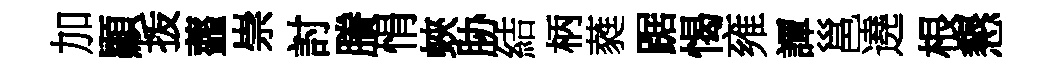
加顯㧞虀崇討賸悁蛺胁結柄蕤踞愒雍譚邕遶根懇